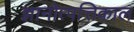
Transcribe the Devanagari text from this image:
ज्ञानोत्पत्तिकाल